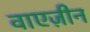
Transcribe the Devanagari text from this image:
वाएज़ीन